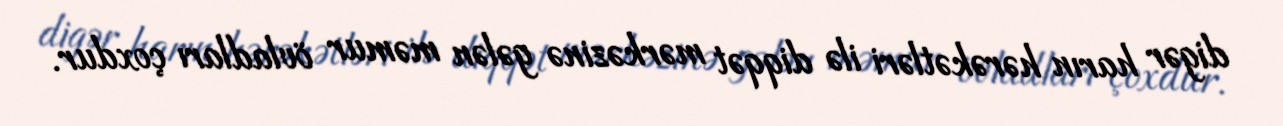
digər harın hərəkətləri ilə diqqət mərkəzinə gələn məmur övladları çoxdur.